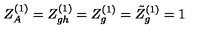
Z _ { A } ^ { ( 1 ) } = Z _ { g h } ^ { ( 1 ) } = Z _ { g } ^ { ( 1 ) } = \tilde { Z } _ { g } ^ { ( 1 ) } = 1